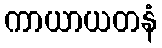
ကာယာယတနံ